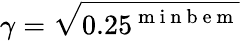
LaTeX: \gamma=\sqrt{0.25^{\mathrm{~m~i~n~b~e~m~}}}